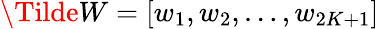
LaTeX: \Tilde{W}=[w_{1},w_{2},\dots,w_{2K+1}]